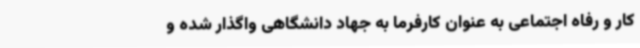
کار و رفاه اجتماعی به ‌عنوان کارفرما به جهاد دانشگاهی واگذار شده و